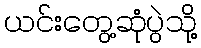
ယင်းတွေ့ဆုံပွဲသို့